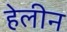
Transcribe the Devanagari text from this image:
हेलीन